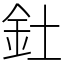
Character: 釷